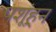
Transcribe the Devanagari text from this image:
पशूंहून